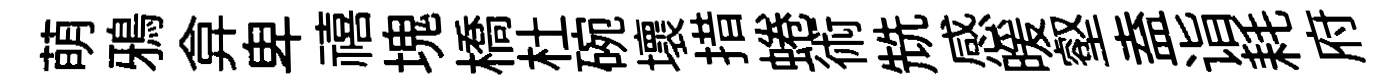
萌鴉弇卑禧塊橋杜碗壞措蜷術兟感暖壑盍诣耗府